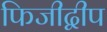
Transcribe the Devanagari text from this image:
फिजीद्वीप